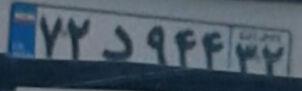
۷۲د۹۴۴۳۲